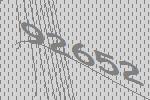
92652